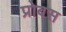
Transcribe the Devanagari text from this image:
प्रोबस